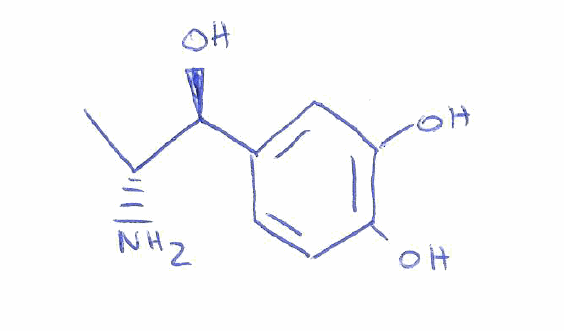
Simplified molecular-input line-entry system (SMILES) notation of the given molecule:
C[C@H]([C@H](C1=CC(=C(C=C1)O)O)O)N